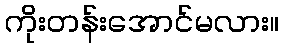
ကိုးတန်းအောင်မလား။